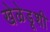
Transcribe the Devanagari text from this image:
खेळेडूशी